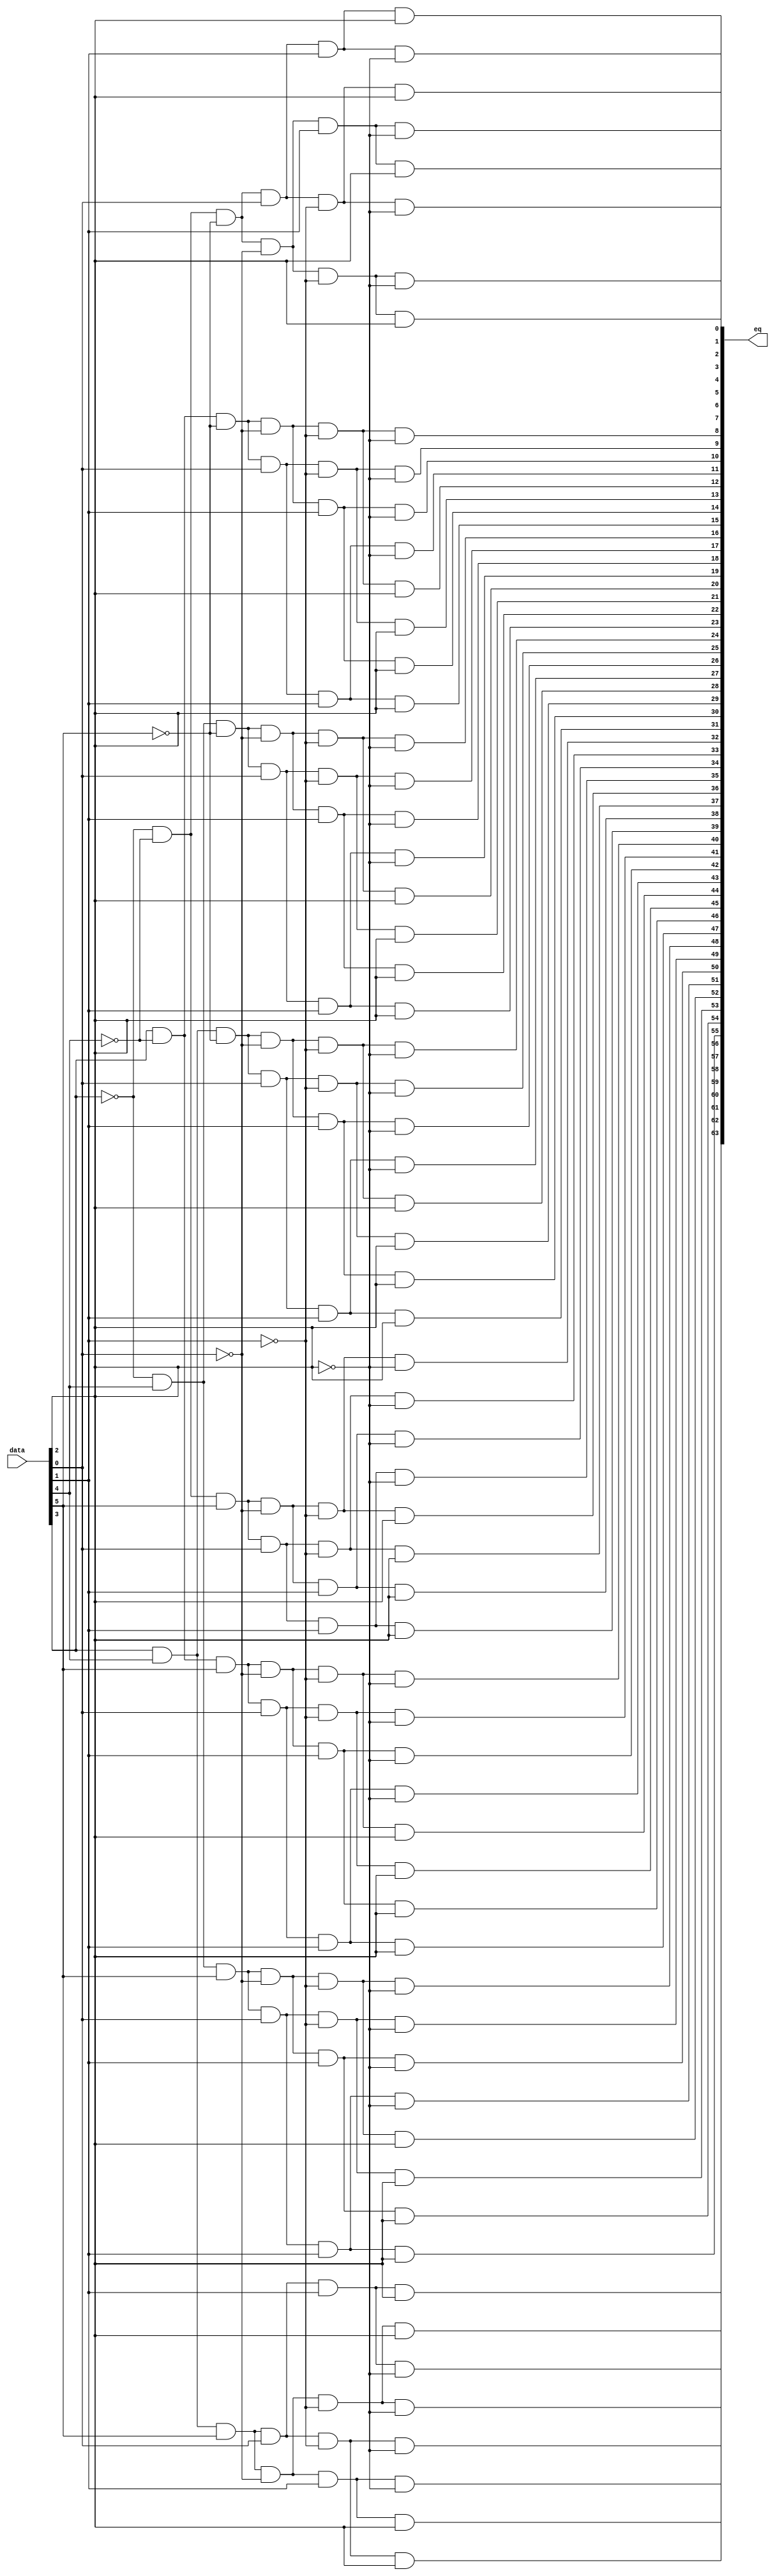
// (C) 2001-2016 Intel Corporation. All rights reserved.
// Your use of Intel Corporation's design tools, logic functions and other 
// software and tools, and its AMPP partner logic functions, and any output 
// files any of the foregoing (including device programming or simulation 
// files), and any associated documentation or information are expressly subject 
// to the terms and conditions of the Intel Program License Subscription 
// Agreement, Intel MegaCore Function License Agreement, or other applicable 
// license agreement, including, without limitation, that your use is for the 
// sole purpose of programming logic devices manufactured by Intel and sold by 
// Intel or its authorized distributors.  Please refer to the applicable 
// agreement for further details.


// megafunction wizard: %ALTECC%
// GENERATION: STANDARD
// VERSION: WM1.0
// MODULE: altecc_decoder 

// ============================================================
// Megafunction Name(s):
// 			altecc_decoder
//
// Simulation Library Files(s):
// 			lpm
// ============================================================
// ************************************************************
// THIS IS A WIZARD-GENERATED FILE. DO NOT EDIT THIS FILE!
//
// 10.0 Internal Build 257 07/26/2010 SP 1 PN Full Version
// ************************************************************


//Copyright (C) 1991-2010 Altera Corporation
//Your use of Altera Corporation's design tools, logic functions 
//and other software and tools, and its AMPP partner logic 
//functions, and any output files from any of the foregoing 
//(including device programming or simulation files), and any 
//associated documentation or information are expressly subject 
//to the terms and conditions of the Altera Program License 
//Subscription Agreement, Altera MegaCore Function License 
//Agreement, or other applicable license agreement, including, 
//without limitation, that your use is for the sole purpose of 
//programming logic devices manufactured by Altera and sold by 
//Altera or its authorized distributors.  Please refer to the 
//applicable agreement for further details.


//altecc_decoder device_family="Stratix III" lpm_pipeline=0 width_codeword=39 width_dataword=32 data err_corrected err_detected err_fatal q
//VERSION_BEGIN 10.0SP1 cbx_altecc_decoder 2010:07:26:21:21:15:PN cbx_cycloneii 2010:07:26:21:21:15:PN cbx_lpm_add_sub 2010:07:26:21:21:15:PN cbx_lpm_compare 2010:07:26:21:21:15:PN cbx_lpm_decode 2010:07:26:21:21:15:PN cbx_mgl 2010:07:26:21:25:47:PN cbx_stratix 2010:07:26:21:21:16:PN cbx_stratixii 2010:07:26:21:21:16:PN  VERSION_END
// synthesis VERILOG_INPUT_VERSION VERILOG_2001
// altera message_off 10463



//lpm_decode DEVICE_FAMILY="Stratix III" LPM_DECODES=64 LPM_WIDTH=6 data eq
//VERSION_BEGIN 10.0SP1 cbx_cycloneii 2010:07:26:21:21:15:PN cbx_lpm_add_sub 2010:07:26:21:21:15:PN cbx_lpm_compare 2010:07:26:21:21:15:PN cbx_lpm_decode 2010:07:26:21:21:15:PN cbx_mgl 2010:07:26:21:25:47:PN cbx_stratix 2010:07:26:21:21:16:PN cbx_stratixii 2010:07:26:21:21:16:PN  VERSION_END

//synthesis_resources = lut 72 
//synopsys translate_off
`timescale 1 ps / 1 ps
//synopsys translate_on
module  alt_mem_ddrx_ecc_decoder_32_decode
	( 
	data,
	eq) /* synthesis synthesis_clearbox=1 */;
	input   [5:0]  data;
	output   [63:0]  eq;
`ifndef ALTERA_RESERVED_QIS
// synopsys translate_off
`endif
	tri0   [5:0]  data;
`ifndef ALTERA_RESERVED_QIS
// synopsys translate_on
`endif

	wire  [5:0]  data_wire;
	wire  [63:0]  eq_node;
	wire  [63:0]  eq_wire;
	wire  [3:0]  w_anode1000w;
	wire  [3:0]  w_anode1010w;
	wire  [3:0]  w_anode1020w;
	wire  [3:0]  w_anode1030w;
	wire  [3:0]  w_anode1041w;
	wire  [3:0]  w_anode1053w;
	wire  [3:0]  w_anode1064w;
	wire  [3:0]  w_anode1074w;
	wire  [3:0]  w_anode1084w;
	wire  [3:0]  w_anode1094w;
	wire  [3:0]  w_anode1104w;
	wire  [3:0]  w_anode1114w;
	wire  [3:0]  w_anode1124w;
	wire  [3:0]  w_anode1135w;
	wire  [3:0]  w_anode1147w;
	wire  [3:0]  w_anode1158w;
	wire  [3:0]  w_anode1168w;
	wire  [3:0]  w_anode1178w;
	wire  [3:0]  w_anode1188w;
	wire  [3:0]  w_anode1198w;
	wire  [3:0]  w_anode1208w;
	wire  [3:0]  w_anode1218w;
	wire  [3:0]  w_anode464w;
	wire  [3:0]  w_anode482w;
	wire  [3:0]  w_anode499w;
	wire  [3:0]  w_anode509w;
	wire  [3:0]  w_anode519w;
	wire  [3:0]  w_anode529w;
	wire  [3:0]  w_anode539w;
	wire  [3:0]  w_anode549w;
	wire  [3:0]  w_anode559w;
	wire  [3:0]  w_anode571w;
	wire  [3:0]  w_anode583w;
	wire  [3:0]  w_anode594w;
	wire  [3:0]  w_anode604w;
	wire  [3:0]  w_anode614w;
	wire  [3:0]  w_anode624w;
	wire  [3:0]  w_anode634w;
	wire  [3:0]  w_anode644w;
	wire  [3:0]  w_anode654w;
	wire  [3:0]  w_anode665w;
	wire  [3:0]  w_anode677w;
	wire  [3:0]  w_anode688w;
	wire  [3:0]  w_anode698w;
	wire  [3:0]  w_anode708w;
	wire  [3:0]  w_anode718w;
	wire  [3:0]  w_anode728w;
	wire  [3:0]  w_anode738w;
	wire  [3:0]  w_anode748w;
	wire  [3:0]  w_anode759w;
	wire  [3:0]  w_anode771w;
	wire  [3:0]  w_anode782w;
	wire  [3:0]  w_anode792w;
	wire  [3:0]  w_anode802w;
	wire  [3:0]  w_anode812w;
	wire  [3:0]  w_anode822w;
	wire  [3:0]  w_anode832w;
	wire  [3:0]  w_anode842w;
	wire  [3:0]  w_anode853w;
	wire  [3:0]  w_anode865w;
	wire  [3:0]  w_anode876w;
	wire  [3:0]  w_anode886w;
	wire  [3:0]  w_anode896w;
	wire  [3:0]  w_anode906w;
	wire  [3:0]  w_anode916w;
	wire  [3:0]  w_anode926w;
	wire  [3:0]  w_anode936w;
	wire  [3:0]  w_anode947w;
	wire  [3:0]  w_anode959w;
	wire  [3:0]  w_anode970w;
	wire  [3:0]  w_anode980w;
	wire  [3:0]  w_anode990w;
	wire  [2:0]  w_data462w;

	assign
		data_wire = data,
		eq = eq_node,
		eq_node = eq_wire[63:0],
		eq_wire = {{w_anode1218w[3], w_anode1208w[3], w_anode1198w[3], w_anode1188w[3], w_anode1178w[3], w_anode1168w[3], w_anode1158w[3], w_anode1147w[3]}, {w_anode1124w[3], w_anode1114w[3], w_anode1104w[3], w_anode1094w[3], w_anode1084w[3], w_anode1074w[3], w_anode1064w[3], w_anode1053w[3]}, {w_anode1030w[3], w_anode1020w[3], w_anode1010w[3], w_anode1000w[3], w_anode990w[3], w_anode980w[3], w_anode970w[3], w_anode959w[3]}, {w_anode936w[3], w_anode926w[3], w_anode916w[3], w_anode906w[3], w_anode896w[3], w_anode886w[3], w_anode876w[3], w_anode865w[3]}, {w_anode842w[3], w_anode832w[3], w_anode822w[3], w_anode812w[3], w_anode802w[3], w_anode792w[3], w_anode782w[3], w_anode771w[3]}, {w_anode748w[3], w_anode738w[3], w_anode728w[3], w_anode718w[3], w_anode708w[3], w_anode698w[3], w_anode688w[3], w_anode677w[3]}, {w_anode654w[3], w_anode644w[3], w_anode634w[3], w_anode624w[3], w_anode614w[3], w_anode604w[3], w_anode594w[3], w_anode583w[3]}, {w_anode559w[3], w_anode549w[3], w_anode539w[3], w_anode529w[3], w_anode519w[3], w_anode509w[3], w_anode499w[3], w_anode482w[3]}},
		w_anode1000w = {(w_anode1000w[2] & w_data462w[2]), (w_anode1000w[1] & (~ w_data462w[1])), (w_anode1000w[0] & (~ w_data462w[0])), w_anode947w[3]},
		w_anode1010w = {(w_anode1010w[2] & w_data462w[2]), (w_anode1010w[1] & (~ w_data462w[1])), (w_anode1010w[0] & w_data462w[0]), w_anode947w[3]},
		w_anode1020w = {(w_anode1020w[2] & w_data462w[2]), (w_anode1020w[1] & w_data462w[1]), (w_anode1020w[0] & (~ w_data462w[0])), w_anode947w[3]},
		w_anode1030w = {(w_anode1030w[2] & w_data462w[2]), (w_anode1030w[1] & w_data462w[1]), (w_anode1030w[0] & w_data462w[0]), w_anode947w[3]},
		w_anode1041w = {(w_anode1041w[2] & data_wire[5]), (w_anode1041w[1] & data_wire[4]), (w_anode1041w[0] & (~ data_wire[3])), 1'b1},
		w_anode1053w = {(w_anode1053w[2] & (~ w_data462w[2])), (w_anode1053w[1] & (~ w_data462w[1])), (w_anode1053w[0] & (~ w_data462w[0])), w_anode1041w[3]},
		w_anode1064w = {(w_anode1064w[2] & (~ w_data462w[2])), (w_anode1064w[1] & (~ w_data462w[1])), (w_anode1064w[0] & w_data462w[0]), w_anode1041w[3]},
		w_anode1074w = {(w_anode1074w[2] & (~ w_data462w[2])), (w_anode1074w[1] & w_data462w[1]), (w_anode1074w[0] & (~ w_data462w[0])), w_anode1041w[3]},
		w_anode1084w = {(w_anode1084w[2] & (~ w_data462w[2])), (w_anode1084w[1] & w_data462w[1]), (w_anode1084w[0] & w_data462w[0]), w_anode1041w[3]},
		w_anode1094w = {(w_anode1094w[2] & w_data462w[2]), (w_anode1094w[1] & (~ w_data462w[1])), (w_anode1094w[0] & (~ w_data462w[0])), w_anode1041w[3]},
		w_anode1104w = {(w_anode1104w[2] & w_data462w[2]), (w_anode1104w[1] & (~ w_data462w[1])), (w_anode1104w[0] & w_data462w[0]), w_anode1041w[3]},
		w_anode1114w = {(w_anode1114w[2] & w_data462w[2]), (w_anode1114w[1] & w_data462w[1]), (w_anode1114w[0] & (~ w_data462w[0])), w_anode1041w[3]},
		w_anode1124w = {(w_anode1124w[2] & w_data462w[2]), (w_anode1124w[1] & w_data462w[1]), (w_anode1124w[0] & w_data462w[0]), w_anode1041w[3]},
		w_anode1135w = {(w_anode1135w[2] & data_wire[5]), (w_anode1135w[1] & data_wire[4]), (w_anode1135w[0] & data_wire[3]), 1'b1},
		w_anode1147w = {(w_anode1147w[2] & (~ w_data462w[2])), (w_anode1147w[1] & (~ w_data462w[1])), (w_anode1147w[0] & (~ w_data462w[0])), w_anode1135w[3]},
		w_anode1158w = {(w_anode1158w[2] & (~ w_data462w[2])), (w_anode1158w[1] & (~ w_data462w[1])), (w_anode1158w[0] & w_data462w[0]), w_anode1135w[3]},
		w_anode1168w = {(w_anode1168w[2] & (~ w_data462w[2])), (w_anode1168w[1] & w_data462w[1]), (w_anode1168w[0] & (~ w_data462w[0])), w_anode1135w[3]},
		w_anode1178w = {(w_anode1178w[2] & (~ w_data462w[2])), (w_anode1178w[1] & w_data462w[1]), (w_anode1178w[0] & w_data462w[0]), w_anode1135w[3]},
		w_anode1188w = {(w_anode1188w[2] & w_data462w[2]), (w_anode1188w[1] & (~ w_data462w[1])), (w_anode1188w[0] & (~ w_data462w[0])), w_anode1135w[3]},
		w_anode1198w = {(w_anode1198w[2] & w_data462w[2]), (w_anode1198w[1] & (~ w_data462w[1])), (w_anode1198w[0] & w_data462w[0]), w_anode1135w[3]},
		w_anode1208w = {(w_anode1208w[2] & w_data462w[2]), (w_anode1208w[1] & w_data462w[1]), (w_anode1208w[0] & (~ w_data462w[0])), w_anode1135w[3]},
		w_anode1218w = {(w_anode1218w[2] & w_data462w[2]), (w_anode1218w[1] & w_data462w[1]), (w_anode1218w[0] & w_data462w[0]), w_anode1135w[3]},
		w_anode464w = {(w_anode464w[2] & (~ data_wire[5])), (w_anode464w[1] & (~ data_wire[4])), (w_anode464w[0] & (~ data_wire[3])), 1'b1},
		w_anode482w = {(w_anode482w[2] & (~ w_data462w[2])), (w_anode482w[1] & (~ w_data462w[1])), (w_anode482w[0] & (~ w_data462w[0])), w_anode464w[3]},
		w_anode499w = {(w_anode499w[2] & (~ w_data462w[2])), (w_anode499w[1] & (~ w_data462w[1])), (w_anode499w[0] & w_data462w[0]), w_anode464w[3]},
		w_anode509w = {(w_anode509w[2] & (~ w_data462w[2])), (w_anode509w[1] & w_data462w[1]), (w_anode509w[0] & (~ w_data462w[0])), w_anode464w[3]},
		w_anode519w = {(w_anode519w[2] & (~ w_data462w[2])), (w_anode519w[1] & w_data462w[1]), (w_anode519w[0] & w_data462w[0]), w_anode464w[3]},
		w_anode529w = {(w_anode529w[2] & w_data462w[2]), (w_anode529w[1] & (~ w_data462w[1])), (w_anode529w[0] & (~ w_data462w[0])), w_anode464w[3]},
		w_anode539w = {(w_anode539w[2] & w_data462w[2]), (w_anode539w[1] & (~ w_data462w[1])), (w_anode539w[0] & w_data462w[0]), w_anode464w[3]},
		w_anode549w = {(w_anode549w[2] & w_data462w[2]), (w_anode549w[1] & w_data462w[1]), (w_anode549w[0] & (~ w_data462w[0])), w_anode464w[3]},
		w_anode559w = {(w_anode559w[2] & w_data462w[2]), (w_anode559w[1] & w_data462w[1]), (w_anode559w[0] & w_data462w[0]), w_anode464w[3]},
		w_anode571w = {(w_anode571w[2] & (~ data_wire[5])), (w_anode571w[1] & (~ data_wire[4])), (w_anode571w[0] & data_wire[3]), 1'b1},
		w_anode583w = {(w_anode583w[2] & (~ w_data462w[2])), (w_anode583w[1] & (~ w_data462w[1])), (w_anode583w[0] & (~ w_data462w[0])), w_anode571w[3]},
		w_anode594w = {(w_anode594w[2] & (~ w_data462w[2])), (w_anode594w[1] & (~ w_data462w[1])), (w_anode594w[0] & w_data462w[0]), w_anode571w[3]},
		w_anode604w = {(w_anode604w[2] & (~ w_data462w[2])), (w_anode604w[1] & w_data462w[1]), (w_anode604w[0] & (~ w_data462w[0])), w_anode571w[3]},
		w_anode614w = {(w_anode614w[2] & (~ w_data462w[2])), (w_anode614w[1] & w_data462w[1]), (w_anode614w[0] & w_data462w[0]), w_anode571w[3]},
		w_anode624w = {(w_anode624w[2] & w_data462w[2]), (w_anode624w[1] & (~ w_data462w[1])), (w_anode624w[0] & (~ w_data462w[0])), w_anode571w[3]},
		w_anode634w = {(w_anode634w[2] & w_data462w[2]), (w_anode634w[1] & (~ w_data462w[1])), (w_anode634w[0] & w_data462w[0]), w_anode571w[3]},
		w_anode644w = {(w_anode644w[2] & w_data462w[2]), (w_anode644w[1] & w_data462w[1]), (w_anode644w[0] & (~ w_data462w[0])), w_anode571w[3]},
		w_anode654w = {(w_anode654w[2] & w_data462w[2]), (w_anode654w[1] & w_data462w[1]), (w_anode654w[0] & w_data462w[0]), w_anode571w[3]},
		w_anode665w = {(w_anode665w[2] & (~ data_wire[5])), (w_anode665w[1] & data_wire[4]), (w_anode665w[0] & (~ data_wire[3])), 1'b1},
		w_anode677w = {(w_anode677w[2] & (~ w_data462w[2])), (w_anode677w[1] & (~ w_data462w[1])), (w_anode677w[0] & (~ w_data462w[0])), w_anode665w[3]},
		w_anode688w = {(w_anode688w[2] & (~ w_data462w[2])), (w_anode688w[1] & (~ w_data462w[1])), (w_anode688w[0] & w_data462w[0]), w_anode665w[3]},
		w_anode698w = {(w_anode698w[2] & (~ w_data462w[2])), (w_anode698w[1] & w_data462w[1]), (w_anode698w[0] & (~ w_data462w[0])), w_anode665w[3]},
		w_anode708w = {(w_anode708w[2] & (~ w_data462w[2])), (w_anode708w[1] & w_data462w[1]), (w_anode708w[0] & w_data462w[0]), w_anode665w[3]},
		w_anode718w = {(w_anode718w[2] & w_data462w[2]), (w_anode718w[1] & (~ w_data462w[1])), (w_anode718w[0] & (~ w_data462w[0])), w_anode665w[3]},
		w_anode728w = {(w_anode728w[2] & w_data462w[2]), (w_anode728w[1] & (~ w_data462w[1])), (w_anode728w[0] & w_data462w[0]), w_anode665w[3]},
		w_anode738w = {(w_anode738w[2] & w_data462w[2]), (w_anode738w[1] & w_data462w[1]), (w_anode738w[0] & (~ w_data462w[0])), w_anode665w[3]},
		w_anode748w = {(w_anode748w[2] & w_data462w[2]), (w_anode748w[1] & w_data462w[1]), (w_anode748w[0] & w_data462w[0]), w_anode665w[3]},
		w_anode759w = {(w_anode759w[2] & (~ data_wire[5])), (w_anode759w[1] & data_wire[4]), (w_anode759w[0] & data_wire[3]), 1'b1},
		w_anode771w = {(w_anode771w[2] & (~ w_data462w[2])), (w_anode771w[1] & (~ w_data462w[1])), (w_anode771w[0] & (~ w_data462w[0])), w_anode759w[3]},
		w_anode782w = {(w_anode782w[2] & (~ w_data462w[2])), (w_anode782w[1] & (~ w_data462w[1])), (w_anode782w[0] & w_data462w[0]), w_anode759w[3]},
		w_anode792w = {(w_anode792w[2] & (~ w_data462w[2])), (w_anode792w[1] & w_data462w[1]), (w_anode792w[0] & (~ w_data462w[0])), w_anode759w[3]},
		w_anode802w = {(w_anode802w[2] & (~ w_data462w[2])), (w_anode802w[1] & w_data462w[1]), (w_anode802w[0] & w_data462w[0]), w_anode759w[3]},
		w_anode812w = {(w_anode812w[2] & w_data462w[2]), (w_anode812w[1] & (~ w_data462w[1])), (w_anode812w[0] & (~ w_data462w[0])), w_anode759w[3]},
		w_anode822w = {(w_anode822w[2] & w_data462w[2]), (w_anode822w[1] & (~ w_data462w[1])), (w_anode822w[0] & w_data462w[0]), w_anode759w[3]},
		w_anode832w = {(w_anode832w[2] & w_data462w[2]), (w_anode832w[1] & w_data462w[1]), (w_anode832w[0] & (~ w_data462w[0])), w_anode759w[3]},
		w_anode842w = {(w_anode842w[2] & w_data462w[2]), (w_anode842w[1] & w_data462w[1]), (w_anode842w[0] & w_data462w[0]), w_anode759w[3]},
		w_anode853w = {(w_anode853w[2] & data_wire[5]), (w_anode853w[1] & (~ data_wire[4])), (w_anode853w[0] & (~ data_wire[3])), 1'b1},
		w_anode865w = {(w_anode865w[2] & (~ w_data462w[2])), (w_anode865w[1] & (~ w_data462w[1])), (w_anode865w[0] & (~ w_data462w[0])), w_anode853w[3]},
		w_anode876w = {(w_anode876w[2] & (~ w_data462w[2])), (w_anode876w[1] & (~ w_data462w[1])), (w_anode876w[0] & w_data462w[0]), w_anode853w[3]},
		w_anode886w = {(w_anode886w[2] & (~ w_data462w[2])), (w_anode886w[1] & w_data462w[1]), (w_anode886w[0] & (~ w_data462w[0])), w_anode853w[3]},
		w_anode896w = {(w_anode896w[2] & (~ w_data462w[2])), (w_anode896w[1] & w_data462w[1]), (w_anode896w[0] & w_data462w[0]), w_anode853w[3]},
		w_anode906w = {(w_anode906w[2] & w_data462w[2]), (w_anode906w[1] & (~ w_data462w[1])), (w_anode906w[0] & (~ w_data462w[0])), w_anode853w[3]},
		w_anode916w = {(w_anode916w[2] & w_data462w[2]), (w_anode916w[1] & (~ w_data462w[1])), (w_anode916w[0] & w_data462w[0]), w_anode853w[3]},
		w_anode926w = {(w_anode926w[2] & w_data462w[2]), (w_anode926w[1] & w_data462w[1]), (w_anode926w[0] & (~ w_data462w[0])), w_anode853w[3]},
		w_anode936w = {(w_anode936w[2] & w_data462w[2]), (w_anode936w[1] & w_data462w[1]), (w_anode936w[0] & w_data462w[0]), w_anode853w[3]},
		w_anode947w = {(w_anode947w[2] & data_wire[5]), (w_anode947w[1] & (~ data_wire[4])), (w_anode947w[0] & data_wire[3]), 1'b1},
		w_anode959w = {(w_anode959w[2] & (~ w_data462w[2])), (w_anode959w[1] & (~ w_data462w[1])), (w_anode959w[0] & (~ w_data462w[0])), w_anode947w[3]},
		w_anode970w = {(w_anode970w[2] & (~ w_data462w[2])), (w_anode970w[1] & (~ w_data462w[1])), (w_anode970w[0] & w_data462w[0]), w_anode947w[3]},
		w_anode980w = {(w_anode980w[2] & (~ w_data462w[2])), (w_anode980w[1] & w_data462w[1]), (w_anode980w[0] & (~ w_data462w[0])), w_anode947w[3]},
		w_anode990w = {(w_anode990w[2] & (~ w_data462w[2])), (w_anode990w[1] & w_data462w[1]), (w_anode990w[0] & w_data462w[0]), w_anode947w[3]},
		w_data462w = data_wire[2:0];
endmodule //alt_mem_ddrx_ecc_decoder_32_decode

//synthesis_resources = lut 72 mux21 32 
//synopsys translate_off
`timescale 1 ps / 1 ps
//synopsys translate_on
module  alt_mem_ddrx_ecc_decoder_32_altecc_decoder
	(
	clk,
	reset_n,
	data,
	err_corrected,
	err_detected,
	err_fatal,
	err_sbe,
	q) /* synthesis synthesis_clearbox=1 */;
	
	parameter CFG_ECC_DECODER_REG = 0;
	
	input			clk;
	input			reset_n;
	input   [38:0]  data;
	output   err_corrected;
	output   err_detected;
	output   err_fatal;
	output   err_sbe;
	output   [31:0]  q;

	wire  [63:0]   wire_error_bit_decoder_eq;
	wire	wire_mux21_0_dataout;
	wire	wire_mux21_1_dataout;
	wire	wire_mux21_10_dataout;
	wire	wire_mux21_11_dataout;
	wire	wire_mux21_12_dataout;
	wire	wire_mux21_13_dataout;
	wire	wire_mux21_14_dataout;
	wire	wire_mux21_15_dataout;
	wire	wire_mux21_16_dataout;
	wire	wire_mux21_17_dataout;
	wire	wire_mux21_18_dataout;
	wire	wire_mux21_19_dataout;
	wire	wire_mux21_2_dataout;
	wire	wire_mux21_20_dataout;
	wire	wire_mux21_21_dataout;
	wire	wire_mux21_22_dataout;
	wire	wire_mux21_23_dataout;
	wire	wire_mux21_24_dataout;
	wire	wire_mux21_25_dataout;
	wire	wire_mux21_26_dataout;
	wire	wire_mux21_27_dataout;
	wire	wire_mux21_28_dataout;
	wire	wire_mux21_29_dataout;
	wire	wire_mux21_3_dataout;
	wire	wire_mux21_30_dataout;
	wire	wire_mux21_31_dataout;
	wire	wire_mux21_4_dataout;
	wire	wire_mux21_5_dataout;
	wire	wire_mux21_6_dataout;
	wire	wire_mux21_7_dataout;
	wire	wire_mux21_8_dataout;
	wire	wire_mux21_9_dataout;
	wire  data_bit;
	wire  [31:0]  data_t;
	wire  [38:0]  data_wire;
	wire  [63:0]  decode_output;
	wire  err_corrected_wire;
	wire  err_detected_wire;
	wire  err_fatal_wire;
	wire  [18:0]  parity_01_wire;
	wire  [9:0]  parity_02_wire;
	wire  [4:0]  parity_03_wire;
	wire  [1:0]  parity_04_wire;
	wire  [0:0]  parity_05_wire;
	wire  [5:0]  parity_06_wire;
	wire  parity_bit;
	wire  [37:0]  parity_final_wire;
	wire  [5:0]  parity_t;
	wire  [31:0]  q_wire;
	wire  syn_bit;
	wire  syn_e;
	wire  [4:0]  syn_t;
	wire  [6:0]  syndrome_wire;
	reg   [6:0]  syndrome;
	reg	  [38:0] data_reg;
	
	generate
		if (CFG_ECC_DECODER_REG == 1)
		begin
			always @ (posedge clk or negedge reset_n)
			begin
				if (!reset_n)
				begin
					syndrome	<= {7{1'b0}};
					data_reg	<= {39{1'b0}};
				end else
				begin
					syndrome	<= syndrome_wire;
					data_reg	<= data_wire;
				end
			end	
		end else
		begin
			always @ (*)
			begin
				syndrome	= syndrome_wire;
				data_reg	= data_wire;				
			end
		end
	endgenerate
	
	alt_mem_ddrx_ecc_decoder_32_decode   error_bit_decoder
	( 
	.data(syndrome[5:0]),
	.eq(wire_error_bit_decoder_eq));
	assign		wire_mux21_0_dataout = (syndrome[6] == 1'b1) ? (decode_output[3] ^ data_reg[0]) : data_reg[0];
	assign		wire_mux21_1_dataout = (syndrome[6] == 1'b1) ? (decode_output[5] ^ data_reg[1]) : data_reg[1];
	assign		wire_mux21_10_dataout = (syndrome[6] == 1'b1) ? (decode_output[15] ^ data_reg[10]) : data_reg[10];
	assign		wire_mux21_11_dataout = (syndrome[6] == 1'b1) ? (decode_output[17] ^ data_reg[11]) : data_reg[11];
	assign		wire_mux21_12_dataout = (syndrome[6] == 1'b1) ? (decode_output[18] ^ data_reg[12]) : data_reg[12];
	assign		wire_mux21_13_dataout = (syndrome[6] == 1'b1) ? (decode_output[19] ^ data_reg[13]) : data_reg[13];
	assign		wire_mux21_14_dataout = (syndrome[6] == 1'b1) ? (decode_output[20] ^ data_reg[14]) : data_reg[14];
	assign		wire_mux21_15_dataout = (syndrome[6] == 1'b1) ? (decode_output[21] ^ data_reg[15]) : data_reg[15];
	assign		wire_mux21_16_dataout = (syndrome[6] == 1'b1) ? (decode_output[22] ^ data_reg[16]) : data_reg[16];
	assign		wire_mux21_17_dataout = (syndrome[6] == 1'b1) ? (decode_output[23] ^ data_reg[17]) : data_reg[17];
	assign		wire_mux21_18_dataout = (syndrome[6] == 1'b1) ? (decode_output[24] ^ data_reg[18]) : data_reg[18];
	assign		wire_mux21_19_dataout = (syndrome[6] == 1'b1) ? (decode_output[25] ^ data_reg[19]) : data_reg[19];
	assign		wire_mux21_2_dataout = (syndrome[6] == 1'b1) ? (decode_output[6] ^ data_reg[2]) : data_reg[2];
	assign		wire_mux21_20_dataout = (syndrome[6] == 1'b1) ? (decode_output[26] ^ data_reg[20]) : data_reg[20];
	assign		wire_mux21_21_dataout = (syndrome[6] == 1'b1) ? (decode_output[27] ^ data_reg[21]) : data_reg[21];
	assign		wire_mux21_22_dataout = (syndrome[6] == 1'b1) ? (decode_output[28] ^ data_reg[22]) : data_reg[22];
	assign		wire_mux21_23_dataout = (syndrome[6] == 1'b1) ? (decode_output[29] ^ data_reg[23]) : data_reg[23];
	assign		wire_mux21_24_dataout = (syndrome[6] == 1'b1) ? (decode_output[30] ^ data_reg[24]) : data_reg[24];
	assign		wire_mux21_25_dataout = (syndrome[6] == 1'b1) ? (decode_output[31] ^ data_reg[25]) : data_reg[25];
	assign		wire_mux21_26_dataout = (syndrome[6] == 1'b1) ? (decode_output[33] ^ data_reg[26]) : data_reg[26];
	assign		wire_mux21_27_dataout = (syndrome[6] == 1'b1) ? (decode_output[34] ^ data_reg[27]) : data_reg[27];
	assign		wire_mux21_28_dataout = (syndrome[6] == 1'b1) ? (decode_output[35] ^ data_reg[28]) : data_reg[28];
	assign		wire_mux21_29_dataout = (syndrome[6] == 1'b1) ? (decode_output[36] ^ data_reg[29]) : data_reg[29];
	assign		wire_mux21_3_dataout = (syndrome[6] == 1'b1) ? (decode_output[7] ^ data_reg[3]) : data_reg[3];
	assign		wire_mux21_30_dataout = (syndrome[6] == 1'b1) ? (decode_output[37] ^ data_reg[30]) : data_reg[30];
	assign		wire_mux21_31_dataout = (syndrome[6] == 1'b1) ? (decode_output[38] ^ data_reg[31]) : data_reg[31];
	assign		wire_mux21_4_dataout = (syndrome[6] == 1'b1) ? (decode_output[9] ^ data_reg[4]) : data_reg[4];
	assign		wire_mux21_5_dataout = (syndrome[6] == 1'b1) ? (decode_output[10] ^ data_reg[5]) : data_reg[5];
	assign		wire_mux21_6_dataout = (syndrome[6] == 1'b1) ? (decode_output[11] ^ data_reg[6]) : data_reg[6];
	assign		wire_mux21_7_dataout = (syndrome[6] == 1'b1) ? (decode_output[12] ^ data_reg[7]) : data_reg[7];
	assign		wire_mux21_8_dataout = (syndrome[6] == 1'b1) ? (decode_output[13] ^ data_reg[8]) : data_reg[8];
	assign		wire_mux21_9_dataout = (syndrome[6] == 1'b1) ? (decode_output[14] ^ data_reg[9]) : data_reg[9];
	assign
		data_bit = data_t[31],
		data_t = {(data_t[30] | decode_output[38]), (data_t[29] | decode_output[37]), (data_t[28] | decode_output[36]), (data_t[27] | decode_output[35]), (data_t[26] | decode_output[34]), (data_t[25] | decode_output[33]), (data_t[24] | decode_output[31]), (data_t[23] | decode_output[30]), (data_t[22] | decode_output[29]), (data_t[21] | decode_output[28]), (data_t[20] | decode_output[27]), (data_t[19] | decode_output[26]), (data_t[18] | decode_output[25]), (data_t[17] | decode_output[24]), (data_t[16] | decode_output[23]), (data_t[15] | decode_output[22]), (data_t[14] | decode_output[21]), (data_t[13] | decode_output[20]), (data_t[12] | decode_output[19]), (data_t[11] | decode_output[18]), (data_t[10] | decode_output[17]), (data_t[9] | decode_output[15]), (data_t[8] | decode_output[14]), (data_t[7] | decode_output[13]), (data_t[6] | decode_output[12]), (data_t[5] | decode_output[11]), (data_t[4] | decode_output[10]), (data_t[3] | decode_output[9]), (data_t[2] | decode_output[7]), (data_t[1] | decode_output[6]), (data_t[0] | decode_output[5]), decode_output[3]},
		data_wire = data,
		decode_output = wire_error_bit_decoder_eq,
		err_corrected = err_corrected_wire,
		err_corrected_wire = ((syn_bit & syn_e) & data_bit),
		err_detected = err_detected_wire,
		err_detected_wire = (syn_bit & (~ (syn_e & parity_bit))),
		err_fatal = err_fatal_wire,
		err_sbe = syn_e,
		err_fatal_wire = (err_detected_wire & (~ err_corrected_wire)),
		parity_01_wire = {(data_wire[30] ^ parity_01_wire[17]), (data_wire[28] ^ parity_01_wire[16]), (data_wire[26] ^ parity_01_wire[15]), (data_wire[25] ^ parity_01_wire[14]), (data_wire[23] ^ parity_01_wire[13]), (data_wire[21] ^ parity_01_wire[12]), (data_wire[19] ^ parity_01_wire[11]), (data_wire[17] ^ parity_01_wire[10]), (data_wire[15] ^ parity_01_wire[9]), (data_wire[13] ^ parity_01_wire[8]), (data_wire[11] ^ parity_01_wire[7]), (data_wire[10] ^ parity_01_wire[6]), (data_wire[8] ^ parity_01_wire[5]), (data_wire[6] ^ parity_01_wire[4]), (data_wire[4] ^ parity_01_wire[3]), (data_wire[3] ^ parity_01_wire[2]), (data_wire[1] ^ parity_01_wire[1]), (data_wire[0] ^ parity_01_wire[0]), data_wire[32]},
		parity_02_wire = {(data_wire[31] ^ parity_02_wire[8]), ((data_wire[27] ^ data_wire[28]) ^ parity_02_wire[7]), ((data_wire[24] ^ data_wire[25]) ^ parity_02_wire[6]), ((data_wire[20] ^ data_wire[21]) ^ parity_02_wire[5]), ((data_wire[16] ^ data_wire[17]) ^ parity_02_wire[4]), ((data_wire[12] ^ data_wire[13]) ^ parity_02_wire[3]), ((data_wire[9] ^ data_wire[10]) ^ parity_02_wire[2]), ((data_wire[5] ^ data_wire[6]) ^ parity_02_wire[1]), ((data_wire[2] ^ data_wire[3]) ^ parity_02_wire[0]), (data_wire[33] ^ data_wire[0])},
		parity_03_wire = {(((data_wire[29] ^ data_wire[30]) ^ data_wire[31]) ^ parity_03_wire[3]), ((((data_wire[22] ^ data_wire[23]) ^ data_wire[24]) ^ data_wire[25]) ^ parity_03_wire[2]), ((((data_wire[14] ^ data_wire[15]) ^ data_wire[16]) ^ data_wire[17]) ^ parity_03_wire[1]), ((((data_wire[7] ^ data_wire[8]) ^ data_wire[9]) ^ data_wire[10]) ^ parity_03_wire[0]), (((data_wire[34] ^ data_wire[1]) ^ data_wire[2]) ^ data_wire[3])},
		parity_04_wire = {((((((((data_wire[18] ^ data_wire[19]) ^ data_wire[20]) ^ data_wire[21]) ^ data_wire[22]) ^ data_wire[23]) ^ data_wire[24]) ^ data_wire[25]) ^ parity_04_wire[0]), (((((((data_wire[35] ^ data_wire[4]) ^ data_wire[5]) ^ data_wire[6]) ^ data_wire[7]) ^ data_wire[8]) ^ data_wire[9]) ^ data_wire[10])},
		parity_05_wire = {(((((((((((((((data_wire[36] ^ data_wire[11]) ^ data_wire[12]) ^ data_wire[13]) ^ data_wire[14]) ^ data_wire[15]) ^ data_wire[16]) ^ data_wire[17]) ^ data_wire[18]) ^ data_wire[19]) ^ data_wire[20]) ^ data_wire[21]) ^ data_wire[22]) ^ data_wire[23]) ^ data_wire[24]) ^ data_wire[25])},
		parity_06_wire = {(data_wire[31] ^ parity_06_wire[4]), (data_wire[30] ^ parity_06_wire[3]), (data_wire[29] ^ parity_06_wire[2]), (data_wire[28] ^ parity_06_wire[1]), (data_wire[27] ^ parity_06_wire[0]), (data_wire[37] ^ data_wire[26])},
		parity_bit = parity_t[5],
		parity_final_wire = {(data_wire[37] ^ parity_final_wire[36]), (data_wire[36] ^ parity_final_wire[35]), (data_wire[35] ^ parity_final_wire[34]), (data_wire[34] ^ parity_final_wire[33]), (data_wire[33] ^ parity_final_wire[32]), (data_wire[32] ^ parity_final_wire[31]), (data_wire[31] ^ parity_final_wire[30]), (data_wire[30] ^ parity_final_wire[29]), (data_wire[29] ^ parity_final_wire[28]), (data_wire[28] ^ parity_final_wire[27]), (data_wire[27] ^ parity_final_wire[26]), (data_wire[26] ^ parity_final_wire[25]), (data_wire[25] ^ parity_final_wire[24]), (data_wire[24] ^ parity_final_wire[23]), (data_wire[23] ^ parity_final_wire[22]), (data_wire[22] ^ parity_final_wire[21]), (data_wire[21] ^ parity_final_wire[20]), (data_wire[20] ^ parity_final_wire[19]), (data_wire[19] ^ parity_final_wire[18]), (data_wire[18] ^ parity_final_wire[17]), (data_wire[17] ^ parity_final_wire[16]), (data_wire[16] ^ parity_final_wire[15]), (data_wire[15] ^ parity_final_wire[14]), (data_wire[14] ^ parity_final_wire[13]), (data_wire[13] ^ parity_final_wire[12]), (data_wire[12] ^ parity_final_wire[11]), (data_wire[11] ^ parity_final_wire[10]), (data_wire[10] ^ parity_final_wire[9]), (data_wire[9] ^ parity_final_wire[8]), (data_wire[8] ^ parity_final_wire[7]), (data_wire[7] ^ parity_final_wire[6]), (data_wire[6] ^ parity_final_wire[5]), (data_wire[5] ^ parity_final_wire[4]), (data_wire[4] ^ parity_final_wire[3]), (data_wire[3] ^ parity_final_wire[2]), (data_wire[2] ^ parity_final_wire[1]), (data_wire[1] ^ parity_final_wire[0]), (data_wire[38] ^ data_wire[0])},
		parity_t = {(parity_t[4] | decode_output[32]), (parity_t[3] | decode_output[16]), (parity_t[2] | decode_output[8]), (parity_t[1] | decode_output[4]), (parity_t[0] | decode_output[2]), decode_output[1]},
		q = q_wire,
		q_wire = {wire_mux21_31_dataout, wire_mux21_30_dataout, wire_mux21_29_dataout, wire_mux21_28_dataout, wire_mux21_27_dataout, wire_mux21_26_dataout, wire_mux21_25_dataout, wire_mux21_24_dataout, wire_mux21_23_dataout, wire_mux21_22_dataout, wire_mux21_21_dataout, wire_mux21_20_dataout, wire_mux21_19_dataout, wire_mux21_18_dataout, wire_mux21_17_dataout, wire_mux21_16_dataout, wire_mux21_15_dataout, wire_mux21_14_dataout, wire_mux21_13_dataout, wire_mux21_12_dataout, wire_mux21_11_dataout, wire_mux21_10_dataout, wire_mux21_9_dataout, wire_mux21_8_dataout, wire_mux21_7_dataout, wire_mux21_6_dataout, wire_mux21_5_dataout, wire_mux21_4_dataout, wire_mux21_3_dataout, wire_mux21_2_dataout, wire_mux21_1_dataout, wire_mux21_0_dataout},
		syn_bit = syn_t[4],
		syn_e = syndrome[6],
		syn_t = {(syn_t[3] | syndrome[5]), (syn_t[2] | syndrome[4]), (syn_t[1] | syndrome[3]), (syn_t[0] | syndrome[2]), (syndrome[0] | syndrome[1])},
		syndrome_wire = {parity_final_wire[37], parity_06_wire[5], parity_05_wire[0], parity_04_wire[1], parity_03_wire[4], parity_02_wire[9], parity_01_wire[18]};
endmodule //alt_mem_ddrx_ecc_decoder_32_altecc_decoder
//VALID FILE


// synopsys translate_off
`timescale 1 ps / 1 ps
// synopsys translate_on
module alt_mem_ddrx_ecc_decoder_32
# (
	parameter
		CFG_ECC_DECODER_REG = 1
) 
(
	clk,
	reset_n,
	data,
	err_corrected,
	err_detected,
	err_fatal,
    err_sbe,
	q)/* synthesis synthesis_clearbox = 1 */;
	
	input			clk;
	input			reset_n;
	input	[38:0]  data;
	output	  err_corrected;
	output	  err_detected;
	output	  err_fatal;
	output	  err_sbe;
	output	[31:0]  q;

	wire  sub_wire0;
	wire  sub_wire1;
	wire  sub_wire2;
	wire  sub_wire4;
	wire [31:0] sub_wire3;
	wire  err_detected = sub_wire0;
	wire  err_fatal = sub_wire1;
	wire  err_corrected = sub_wire2;
	wire  err_sbe = sub_wire4;
	wire [31:0] q = sub_wire3[31:0];

	alt_mem_ddrx_ecc_decoder_32_altecc_decoder	
	# (
		.CFG_ECC_DECODER_REG	(CFG_ECC_DECODER_REG)
	)
	alt_mem_ddrx_ecc_decoder_32_altecc_decoder_component (
				.clk (clk),
				.reset_n (reset_n),
				.data (data),
				.err_detected (sub_wire0),
				.err_fatal (sub_wire1),
				.err_corrected (sub_wire2),
				.err_sbe (sub_wire4),
				.q (sub_wire3));

endmodule

// ============================================================
// CNX file retrieval info
// ============================================================
// Retrieval info: PRIVATE: INTENDED_DEVICE_FAMILY STRING "Stratix III"
// Retrieval info: PRIVATE: SYNTH_WRAPPER_GEN_POSTFIX STRING "1"
// Retrieval info: LIBRARY: altera_mf altera_mf.altera_mf_components.all
// Retrieval info: CONSTANT: INTENDED_DEVICE_FAMILY STRING "Stratix III"
// Retrieval info: CONSTANT: lpm_pipeline NUMERIC "0"
// Retrieval info: CONSTANT: width_codeword NUMERIC "39"
// Retrieval info: CONSTANT: width_dataword NUMERIC "32"
// Retrieval info: USED_PORT: data 0 0 39 0 INPUT NODEFVAL "data[38..0]"
// Retrieval info: USED_PORT: err_corrected 0 0 0 0 OUTPUT NODEFVAL "err_corrected"
// Retrieval info: USED_PORT: err_detected 0 0 0 0 OUTPUT NODEFVAL "err_detected"
// Retrieval info: USED_PORT: err_fatal 0 0 0 0 OUTPUT NODEFVAL "err_fatal"
// Retrieval info: USED_PORT: q 0 0 32 0 OUTPUT NODEFVAL "q[31..0]"
// Retrieval info: CONNECT: @data 0 0 39 0 data 0 0 39 0
// Retrieval info: CONNECT: err_corrected 0 0 0 0 @err_corrected 0 0 0 0
// Retrieval info: CONNECT: err_detected 0 0 0 0 @err_detected 0 0 0 0
// Retrieval info: CONNECT: err_fatal 0 0 0 0 @err_fatal 0 0 0 0
// Retrieval info: CONNECT: q 0 0 32 0 @q 0 0 32 0
// Retrieval info: GEN_FILE: TYPE_NORMAL alt_mem_ddrx_ecc_decoder.v FALSE
// Retrieval info: GEN_FILE: TYPE_NORMAL alt_mem_ddrx_ecc_decoder.inc FALSE
// Retrieval info: GEN_FILE: TYPE_NORMAL alt_mem_ddrx_ecc_decoder.cmp FALSE
// Retrieval info: GEN_FILE: TYPE_NORMAL alt_mem_ddrx_ecc_decoder.bsf FALSE
// Retrieval info: GEN_FILE: TYPE_NORMAL alt_mem_ddrx_ecc_decoder_inst.v FALSE
// Retrieval info: GEN_FILE: TYPE_NORMAL alt_mem_ddrx_ecc_decoder_bb.v FALSE
// Retrieval info: GEN_FILE: TYPE_NORMAL alt_mem_ddrx_ecc_decoder_32.v TRUE
// Retrieval info: GEN_FILE: TYPE_NORMAL alt_mem_ddrx_ecc_decoder_32.inc FALSE
// Retrieval info: GEN_FILE: TYPE_NORMAL alt_mem_ddrx_ecc_decoder_32.cmp FALSE
// Retrieval info: GEN_FILE: TYPE_NORMAL alt_mem_ddrx_ecc_decoder_32.bsf FALSE
// Retrieval info: GEN_FILE: TYPE_NORMAL alt_mem_ddrx_ecc_decoder_32_inst.v FALSE
// Retrieval info: GEN_FILE: TYPE_NORMAL alt_mem_ddrx_ecc_decoder_32_bb.v FALSE
// Retrieval info: GEN_FILE: TYPE_NORMAL alt_mem_ddrx_ecc_decoder_32_syn.v TRUE
// Retrieval info: LIB_FILE: lpm